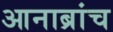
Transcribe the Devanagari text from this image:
आनाब्रांच